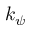
k _ { \psi }